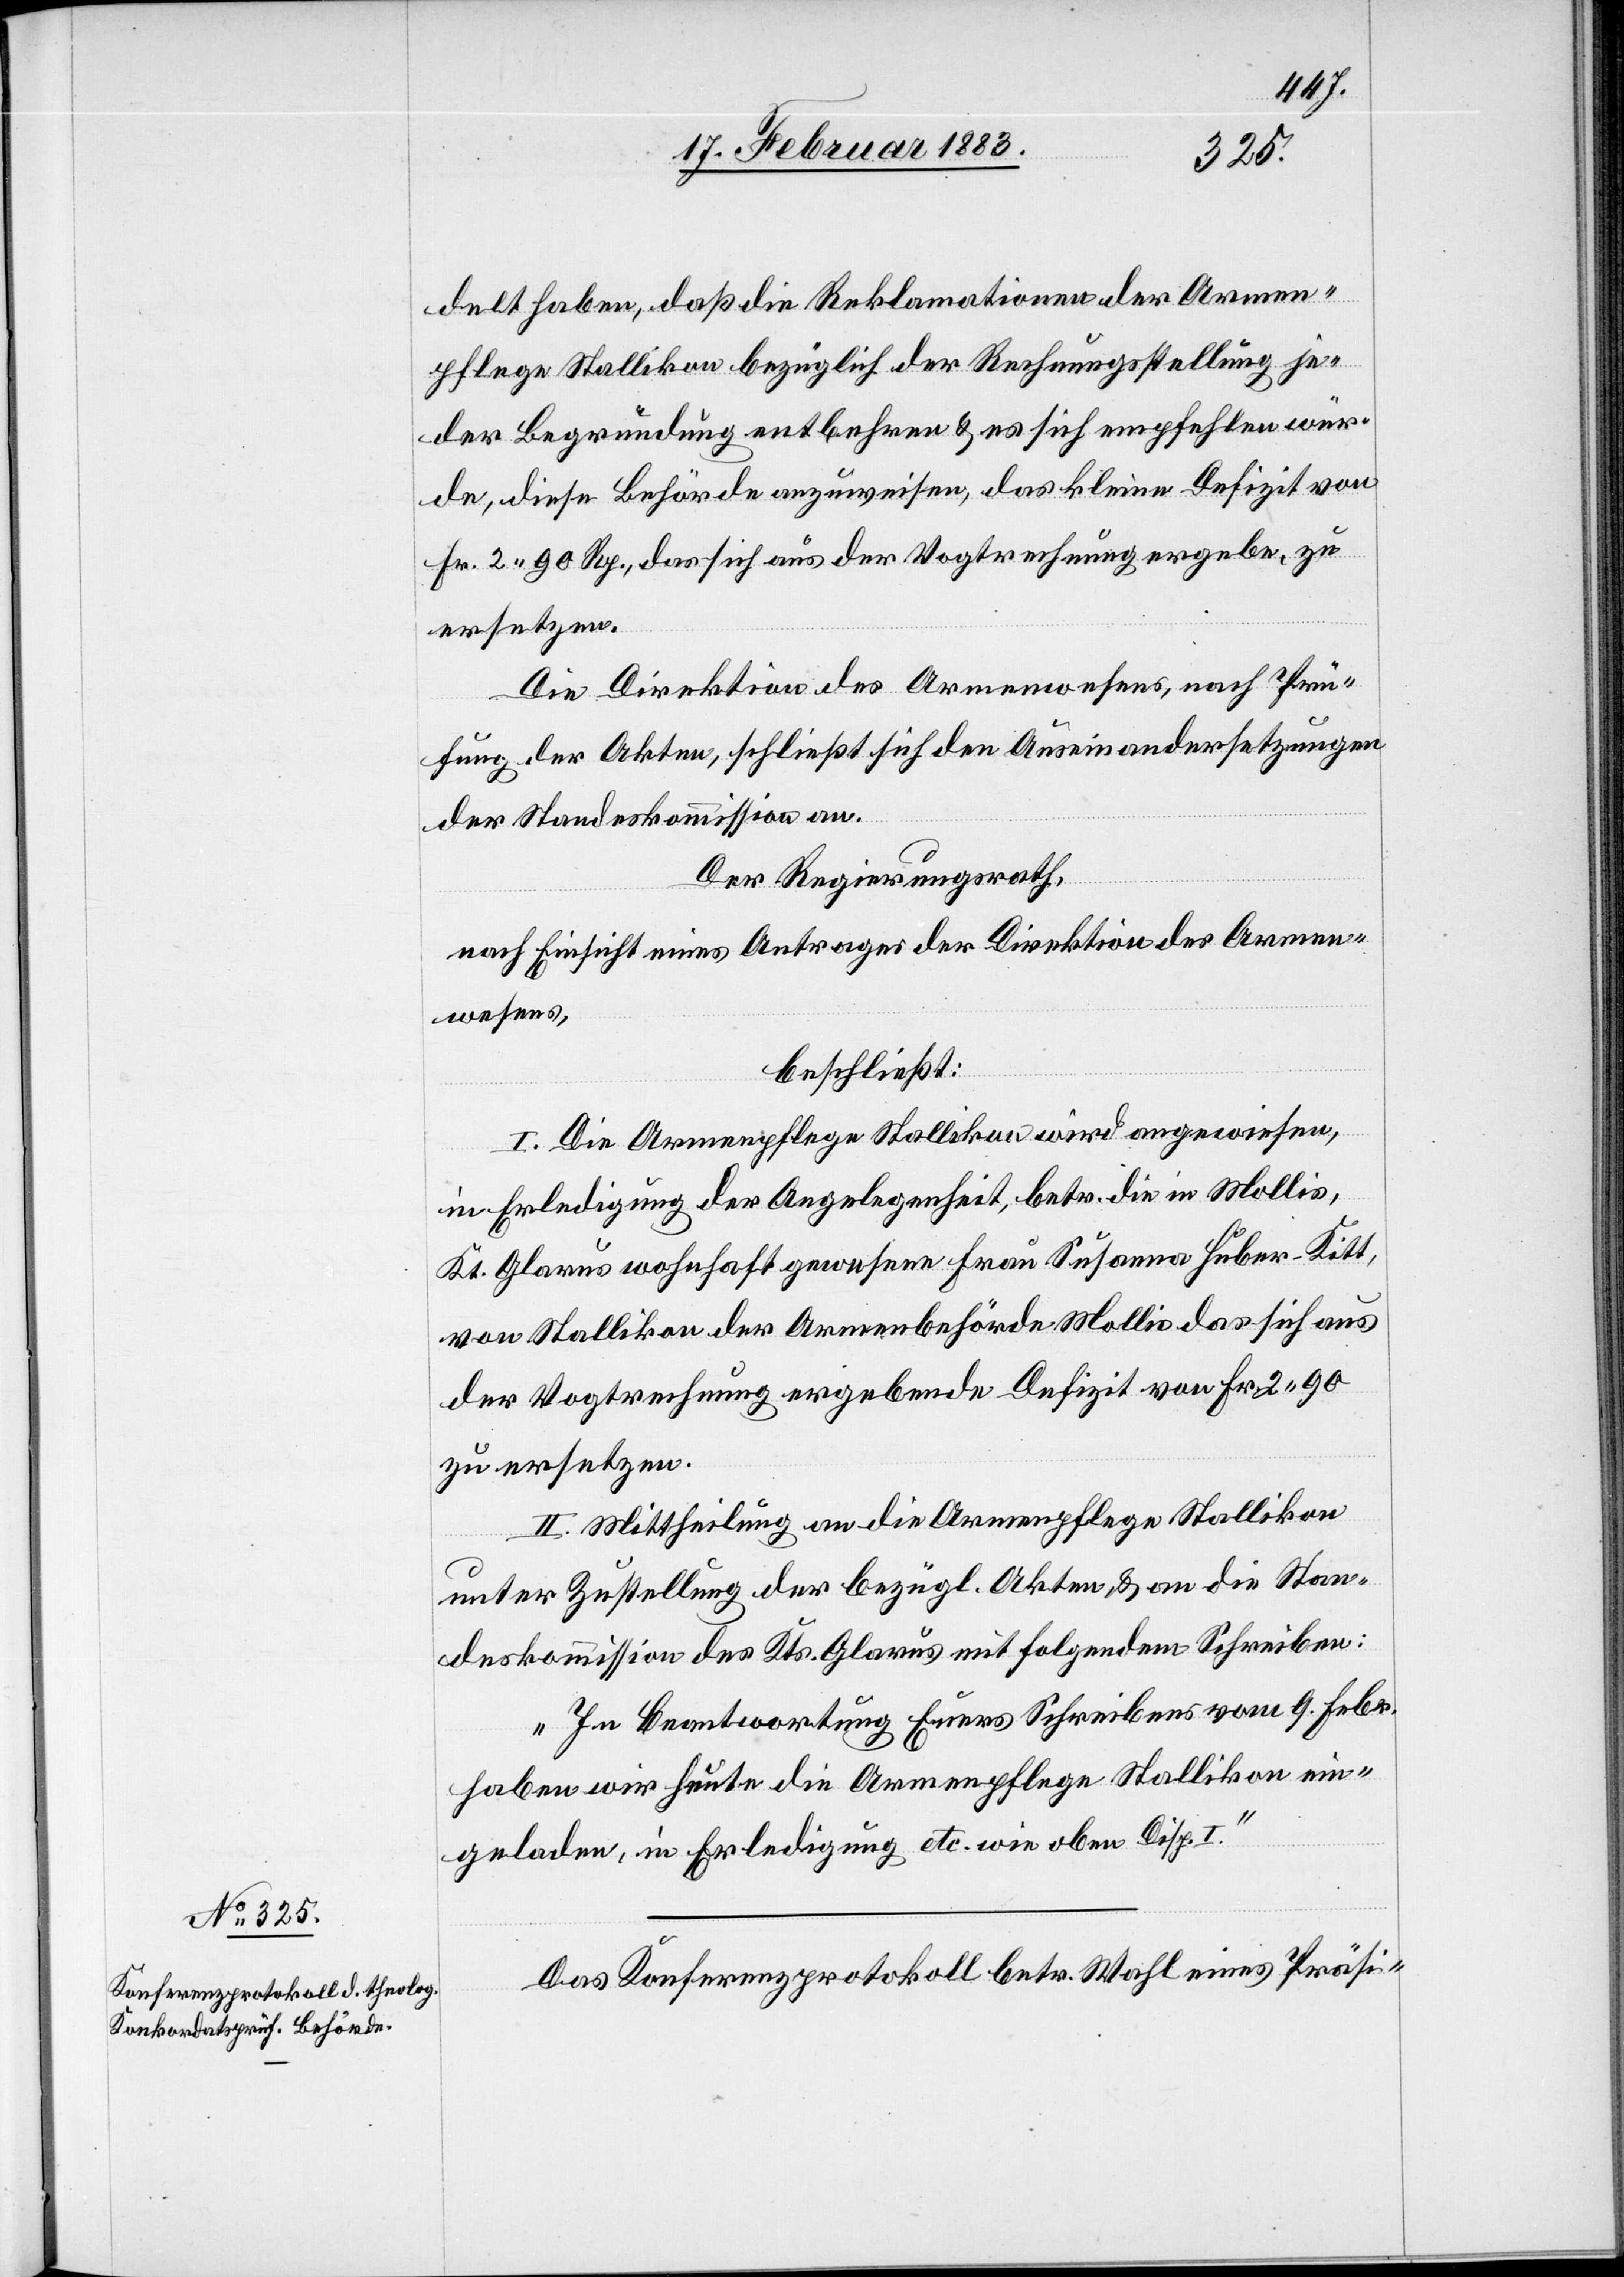
delt haben, daß die Reklamationen der Armen¬
pflege Stallikon bezüglich der Rechnungsstellung je¬
der Begründung entbehren & es sich empfehlen wür¬
de, diese Behörde anzuweisen, das kleine Defizit von
Fr. 2 90 Rp., das sich aus der Vogtrechnung ergebe, zu
ersetzen.
Die Direktion des Armenwesens, nach Prü¬
fung der Akten, schließt sich den Auseinandersetzungen
der Standeskommission an.
Der Regierungsrath,
nach Einsicht eines Antrages der Direktion des Armen¬
wesens,
beschließt:
I. Die Armenpflege Stallikon wird angewiesen,
in Erledigung der Angelegenheit, betr. die in Mollis,
Kt. Glarus wohnhaft gewesene Frau Susanna Huber-Kitt,
von Stallikon der Armenbehörde Mollis das sich aus
der Vogtrechnung ergebende Defizit von Fr. 2 90
zu ersetzen.
II. Mittheilung an die Armenpflege Stallikon
unter Zustellung der bezügl. Akten & an die Stan¬
deskommission des Kts. Glarus mit folgendem Schreiben:
„In Beantwortung Euers [sic!] Schreibens vom 9. Febr.
haben wir heute die Armenpflege Stallikon ein¬
geladen, in Erledigung etc. wie oben Disp. I.“
Das Konferenzprotokoll betr. Wahl eines Präsi-